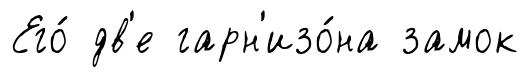
Его́ дв'е гарн'изо́на замок